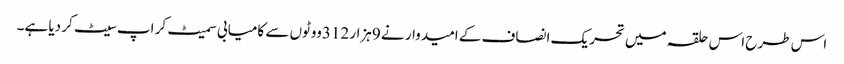
اس طرح اس حلقہ میں تحریک انصاف کے امیدوار نے 9ہزار 312ووٹوں سے کامیابی سمیٹ کر اپ سیٹ کر دیا ہے۔